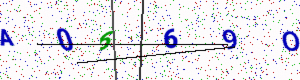
Text: A0669O